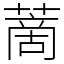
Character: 蔐